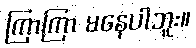
ကြာကြာ မနေပါဘူး။